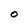
Character: O